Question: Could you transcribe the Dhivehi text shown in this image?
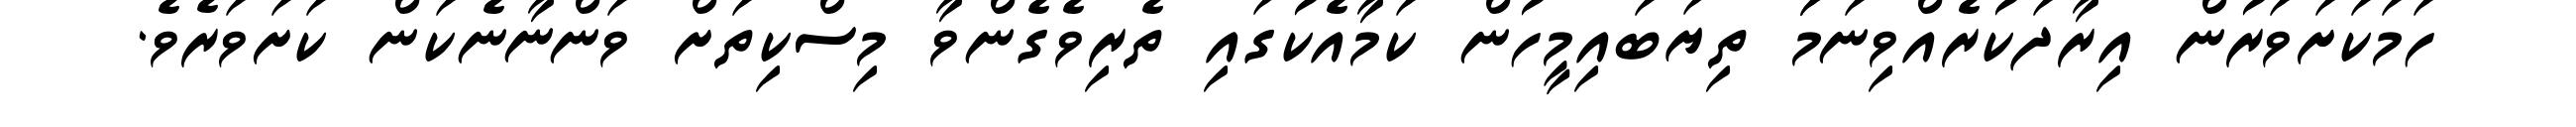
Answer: ހަމަކަށަވަރުން އިރާދަކުރެއްވިނަމަަ ތިޔަބައިމީހުން ކަމާއެކުގައި ތެރިވެގެންވާ މިސްކިތަށް ވަންނާނެކަން ކަށަވަރެވެ.